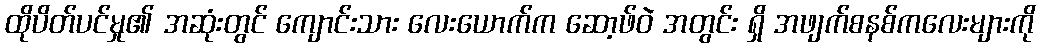
ထိုပိတ်ပင်မှု၏ အဆုံးတွင် ကျောင်းသား လေးယောက်က ဆော့ဖ်ဝဲ အတွင်း ရှိ အဖျက်စနစ်ကလေးများကို